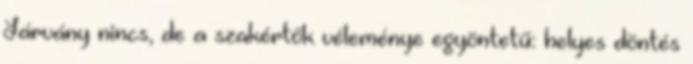
Járvány nincs, de a szakértők véleménye egyöntetű: helyes döntés